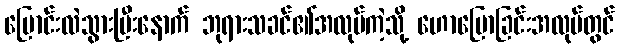
ပြောင်းလဲသွားပြီးနောက် ဘုရားသခင်၏အလုပ်ကဲ့သို့ ဟောပြောခြင်းအလုပ်တွင်